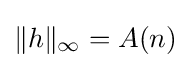
\|h\|_{\infty }=A(n)